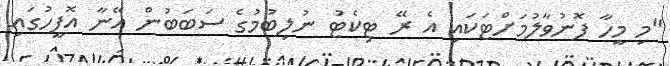
"މި މީހާ ފޮނުވާލުމަށްޓަކައި އެ ރޭ ޓިކެޓު ނުލިބުމުގެ ސަބަބުން އޭނާ އޮފީހުގައި